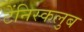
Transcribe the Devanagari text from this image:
टेंनिस्कलुब